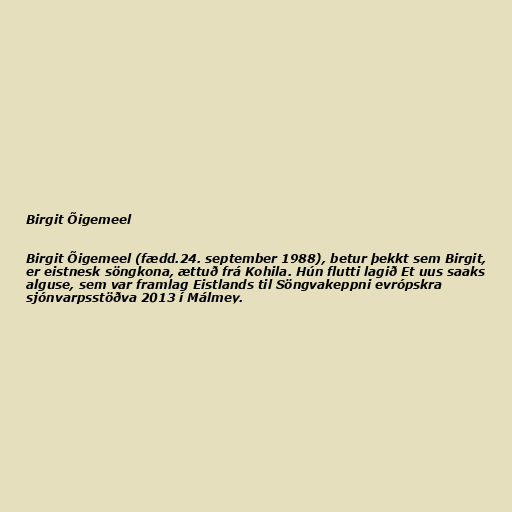
Birgit Õigemeel

Birgit Õigemeel (fædd.24. september 1988), betur þekkt sem Birgit,
er eistnesk söngkona, ættuð frá Kohila. Hún flutti lagið Et uus saaks
alguse, sem var framlag Eistlands til Söngvakeppni evrópskra
sjónvarpsstöðva 2013 í Málmey.